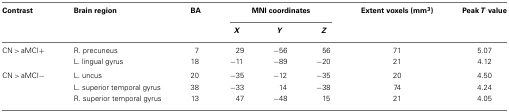
| Contrast | Brain region | BA | <COLSPAN=3> MNI coordinates | Extent voxels (mm3) | Peak T value |
 |  |  |  | X | Y | Z |  |
 | --- | --- | --- | --- | --- | --- | --- | --- |
 | CN > aMCI+ | R. precuneus | 7 | 29 | −56 | 56 | 71 | 5.07 |
 |  | L. lingual gyrus | 18 | −11 | −89 | −20 | 21 | 4.12 |
 | CN > aMCI− | L. uncus | 20 | −35 | −12 | −35 | 20 | 4.50 |
 |  | L. superior temporal gyrus | 38 | −33 | 14 | −38 | 74 | 4.24 |
 |  | R. superior temporal gyrus | 13 | 47 | −48 | 15 | 21 | 4.05 |